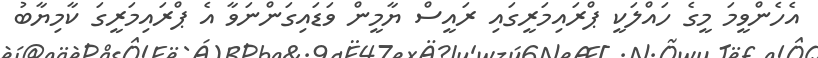
އެހެންވީމަ މީގެ ހައްލަކީ ޕްރައިމަރީގައި ރައީސް ޔާމީން ވަޑައިގަންނަވާ އެ ޕްރައިމަރީގަ ކާމިޔާބު